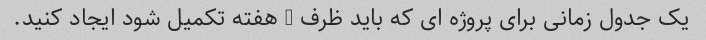
یک جدول زمانی برای پروژه ای که باید ظرف 2 هفته تکمیل شود ایجاد کنید.